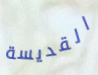
القديسة